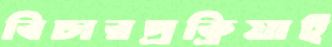
বিচারপ্রক্রিয়াই